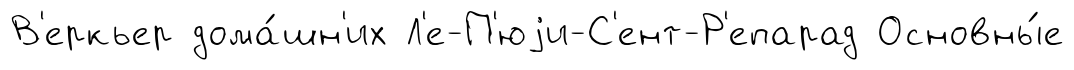
В'еркьер дома́шн'их Л'е-П'юjи-С'ент-Р'епарад Основны́е